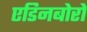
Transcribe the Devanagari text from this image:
एडिनबोरो